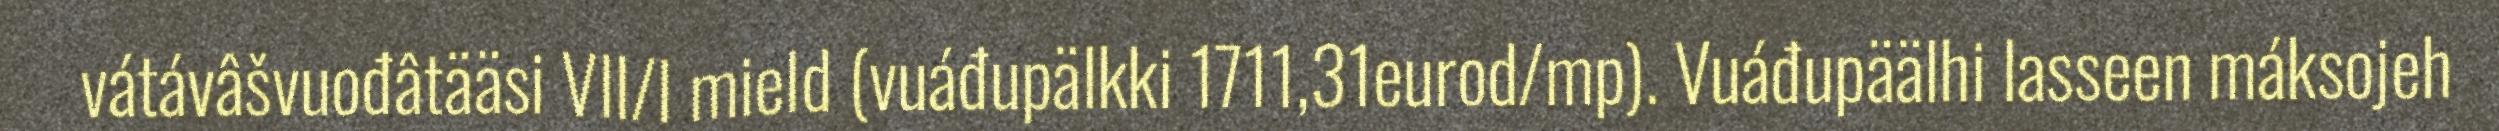
vátávâšvuođâtääsi VII/I mield (vuáđupälkki 1711,31eurod/mp). Vuáđupäälhi lasseen máksojeh